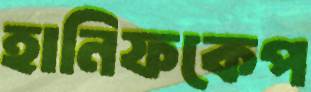
হানিফকেপ